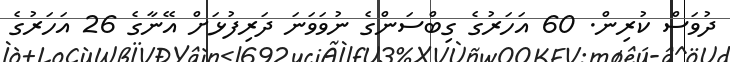
ދުވަސް ކުރިން. 60 އަހަރުގެ ގިބްސަންގެ ނުވަވަނަ ދަރިފުޅަށް އޭނާގެ 26 އަހަރުގެ